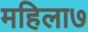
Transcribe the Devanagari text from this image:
महिला७